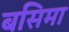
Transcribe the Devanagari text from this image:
बसिमा